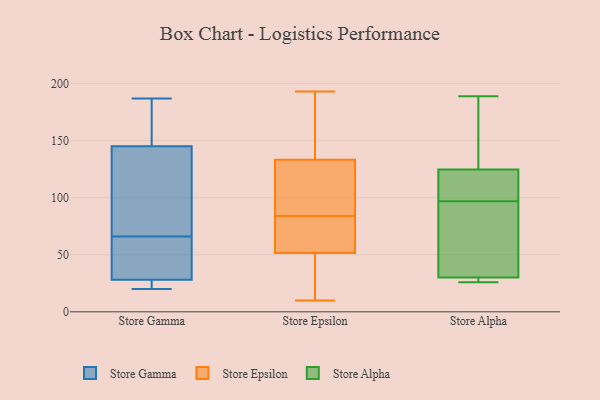
{"axis": {"x": "Latency (ms)", "y": "Value"}, "legend": ["Store Alpha", "Store Epsilon", "Store Gamma"], "data": [{"x": "", "y": 51, "type": "Store Gamma"}, {"x": "", "y": 174, "type": "Store Gamma"}, {"x": "", "y": 61, "type": "Store Gamma"}, {"x": "", "y": 31, "type": "Store Gamma"}, {"x": "", "y": 71, "type": "Store Gamma"}, {"x": "", "y": 145, "type": "Store Gamma"}, {"x": "", "y": 20, "type": "Store Gamma"}, {"x": "", "y": 25, "type": "Store Gamma"}, {"x": "", "y": 93, "type": "Store Gamma"}, {"x": "", "y": 145, "type": "Store Gamma"}, {"x": "", "y": 21, "type": "Store Gamma"}, {"x": "", "y": 187, "type": "Store Gamma"}, {"x": "", "y": 68, "type": "Store Epsilon"}, {"x": "", "y": 41, "type": "Store Epsilon"}, {"x": "", "y": 143, "type": "Store Epsilon"}, {"x": "", "y": 193, "type": "Store Epsilon"}, {"x": "", "y": 130, "type": "Store Epsilon"}, {"x": "", "y": 10, "type": "Store Epsilon"}, {"x": "", "y": 38, "type": "Store Epsilon"}, {"x": "", "y": 84, "type": "Store Epsilon"}, {"x": "", "y": 125, "type": "Store Epsilon"}, {"x": "", "y": 179, "type": "Store Epsilon"}, {"x": "", "y": 125, "type": "Store Epsilon"}, {"x": "", "y": 77, "type": "Store Epsilon"}, {"x": "", "y": 55, "type": "Store Epsilon"}, {"x": "", "y": 189, "type": "Store Alpha"}, {"x": "", "y": 107, "type": "Store Alpha"}, {"x": "", "y": 30, "type": "Store Alpha"}, {"x": "", "y": 112, "type": "Store Alpha"}, {"x": "", "y": 184, "type": "Store Alpha"}, {"x": "", "y": 129, "type": "Store Alpha"}, {"x": "", "y": 28, "type": "Store Alpha"}, {"x": "", "y": 97, "type": "Store Alpha"}, {"x": "", "y": 26, "type": "Store Alpha"}, {"x": "", "y": 85, "type": "Store Alpha"}, {"x": "", "y": 30, "type": "Store Alpha"}]}